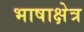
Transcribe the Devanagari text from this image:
भाषाक्षेत्र